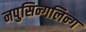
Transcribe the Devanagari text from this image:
नपुसिन्गलिन्ग